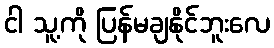
ငါ သူ့ကို ပြန်မချနိုင်ဘူးလေ